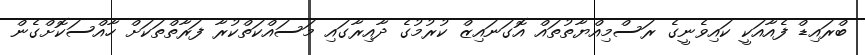
ބްރައިޑް ފެއާއަކީ ކައިވެނީގެ ރަސްމިއްޔާތުތައް އޮގަނައިޒް ކުރުމުގެ ދާއިރާގައި މަސައްކަތްކުރާ ފަރާތްތަކަށް ހާއްސަކޮށްގެން